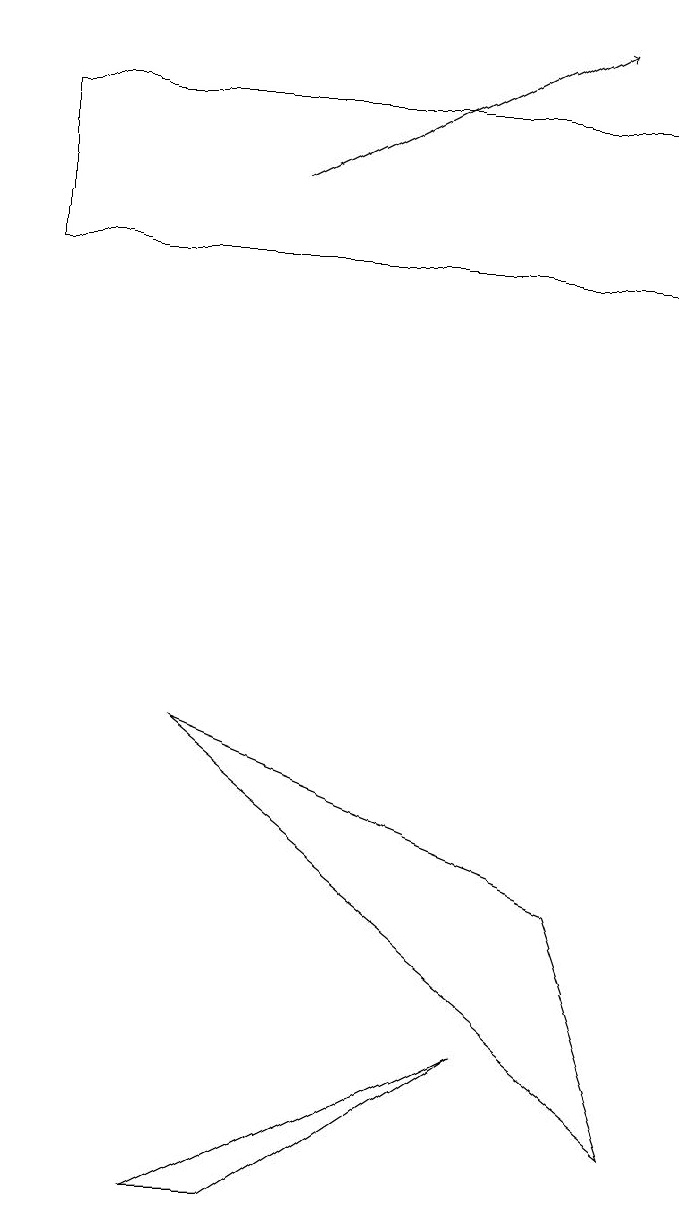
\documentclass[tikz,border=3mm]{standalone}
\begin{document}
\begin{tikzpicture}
\draw (0,15) rectangle (8,17);
\draw (2,3) -- (3,3) -- (6,5) -- cycle;
\draw (8,4) -- (7,7) -- (2,9) -- cycle;
\draw[->] (3,16) -- (7,18);
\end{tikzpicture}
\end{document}